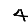
Digit: 4